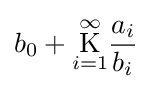
b_{0}+{\underset {i=1}{\overset {\infty }{\operatorname {K} }}}{\frac {a_{i}}{b_{i}}}